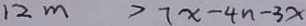
1 2 m > 7 x - 4 n - 3 x